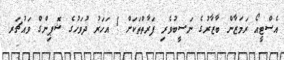
އެސްޓީއޯ ރަމަޒާން ބާޒާރުގެ ނަސީބުވެރި ފަރާތްތަކަށް 1 އަހަރު ދުވަހުގެ ޝޮޕިންގް ވައުޗަރ